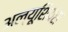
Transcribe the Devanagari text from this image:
अल्यूशियंस